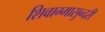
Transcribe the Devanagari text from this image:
शिवाग्मासुन्दरी